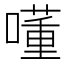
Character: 𡀇